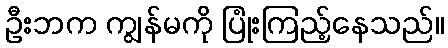
ဦးဘက ကျွန်မကို ပြုံးကြည့်နေသည်။